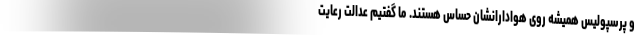
و پرسپولیس همیشه روی هوادارانشان حساس هستند. ما گفتیم عدالت رعایت